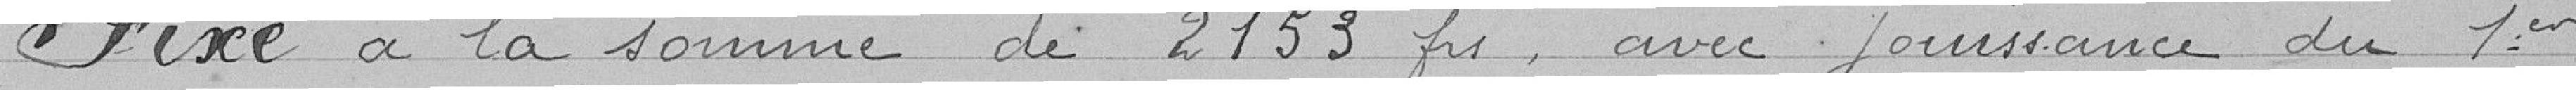
Fixé à la somme de 2153 francs, avec jouissance du 1er